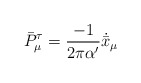
\begin{align*}\bar{P}^\tau_\mu=\frac{-1}{2\pi\alpha'}\dot{\bar{x}}_\mu\end{align*}